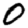
Digit: 0